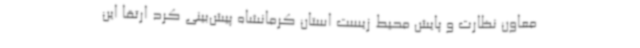
معاون نظارت و پایش محیط زیست استان کرمانشاه پیش‌بینی کرد ارتقا این